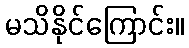
မသိနိုင်ကြောင်း။